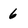
Character: 6